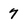
Character: 7